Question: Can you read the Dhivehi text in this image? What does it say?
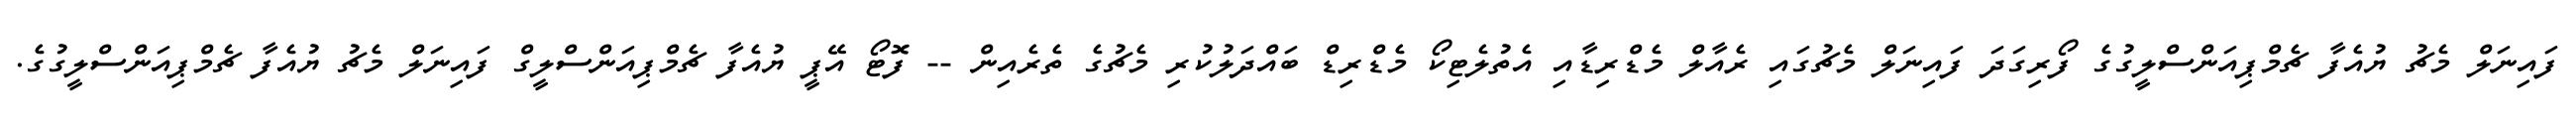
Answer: ފައިނަލް މެޗު ޔުއެފާ ޗެމްޕިއަންސްލީގުގެ ފޯރިގަދަ ފައިނަލް މެޗުގައި ރެއާލް މެޑްރިޑާއި އެތުލެޓިކޯ މެޑްރިޑް ބައްދަލުކުރި މެޗުގެ ތެރެއިން -- ފޮޓޯ އޭޕީ ޔުއެފާ ޗެމްޕިއަންސްލީގް ފައިނަލް މެޗު ޔުއެފާ ޗެމްޕިއަންސްލީގުގެ.